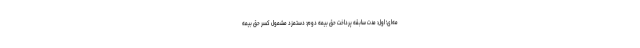
مه‌ای؛ اول: مدت سابقه پرداخت حق بیمه دوم: دستمزد مشمول کسر حق بیمه